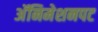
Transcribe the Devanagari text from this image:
अॅनिमेशनपट